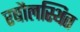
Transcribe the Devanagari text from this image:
रबौलस्थित